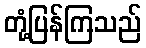
တုံ့ပြန်ကြသည်